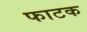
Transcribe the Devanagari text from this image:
फाटक